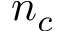
n _ { c }